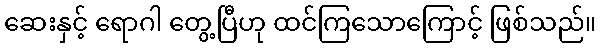
ဆေးနှင့် ရောဂါ တွေ့ပြီဟု ထင်ကြသောကြောင့် ဖြစ်သည်။